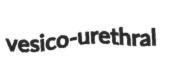
vesico-urethral